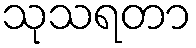
သုသရတာ